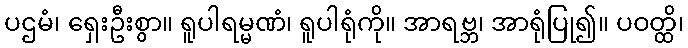
ပဌမံ၊ ရှေးဦးစွာ။ ရူပါရမ္မဏံ၊ ရူပါရုံကို။ အာရဗ္ဘ၊ အာရုံပြု၍။ ပဝတ္ထိ၊